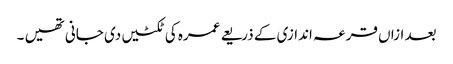
بعد ازاں قرعہ اندازی کے ذریعے عمرہ کی ٹکٹیں دی جانی تھیں ۔